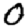
Digit: 0